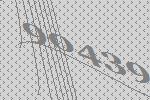
90439